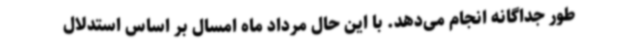
طور جداگانه انجام می‌دهد. با این حال مرداد ماه امسال بر اساس استدلال